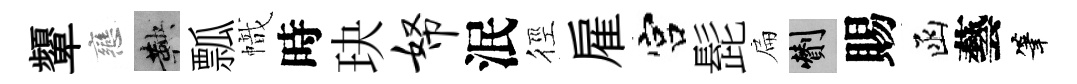
顰戀鞅瓢幟時玦帑泯徑雇宫髭扁剪賜函藝筆